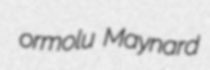
ormolu Maynard